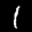
Label: 1